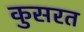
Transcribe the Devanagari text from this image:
कुसरत